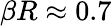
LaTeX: \beta R\approx 0.7